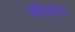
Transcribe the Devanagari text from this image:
जेरिट्रोन